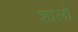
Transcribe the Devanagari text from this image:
शालो